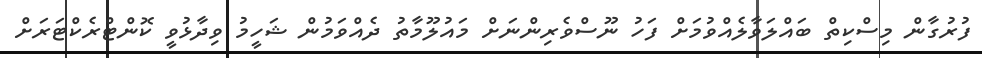
ފުރުގާން މިސްކިތް ބައްލަވާލެއްވުމަށް ފަހު ނޫސްވެރިންނަށް މައުލޫމާތު ދެއްވަމުން ޝަހީމު ވިދާޅުވީ ކޮންޓްރެކްޓަރަށް